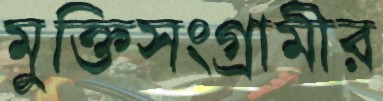
মুক্তিসংগ্রামীর